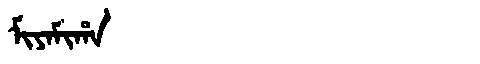
Manchu: ᠮᡳᠶᠠᠮᡳᡥᠠ
Romanization: MIYAMIHA